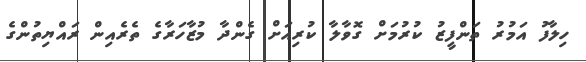
ހިލާފު އަމުރު ތަންފީޒު ކުރުމަށް ގޮވާލާ ކުރިއަށް ގެންދާ މުޒާހަރާގެ ތެރެއިން ރައްޔިތުންގެ